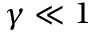
\gamma \ll 1